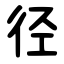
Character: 径